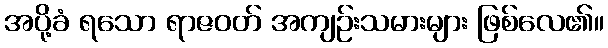
အပို့ခံ ရသော ရာဇဝတ် အကျဉ်းသမားများ ဖြစ်လေ၏။